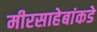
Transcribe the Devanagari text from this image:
मीरसाहेबांकडे